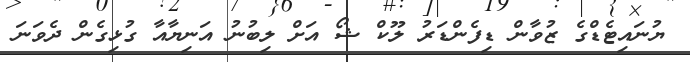
ޔުނައިޓެޑްގެ ޒުވާން ޑިފެންޑަރު ލޫކް ޝޯ އަށް ލިބުނު އަނިޔާއާ ގުޅިގެން ދެވަނަ